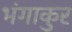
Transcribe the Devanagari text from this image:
भंगाकुर